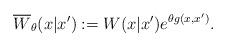
LaTeX: \begin{align*}\overline{W}_{\theta}(x|x'):= W(x|x') e^{\theta g(x,x')}.\end{align*}